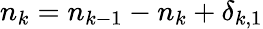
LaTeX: n_{k}=n_{k-1}-n_{k}+\delta_{k,1}